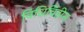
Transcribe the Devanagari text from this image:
विधिविहीन